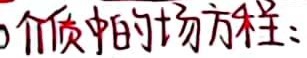
介质中的场方程：